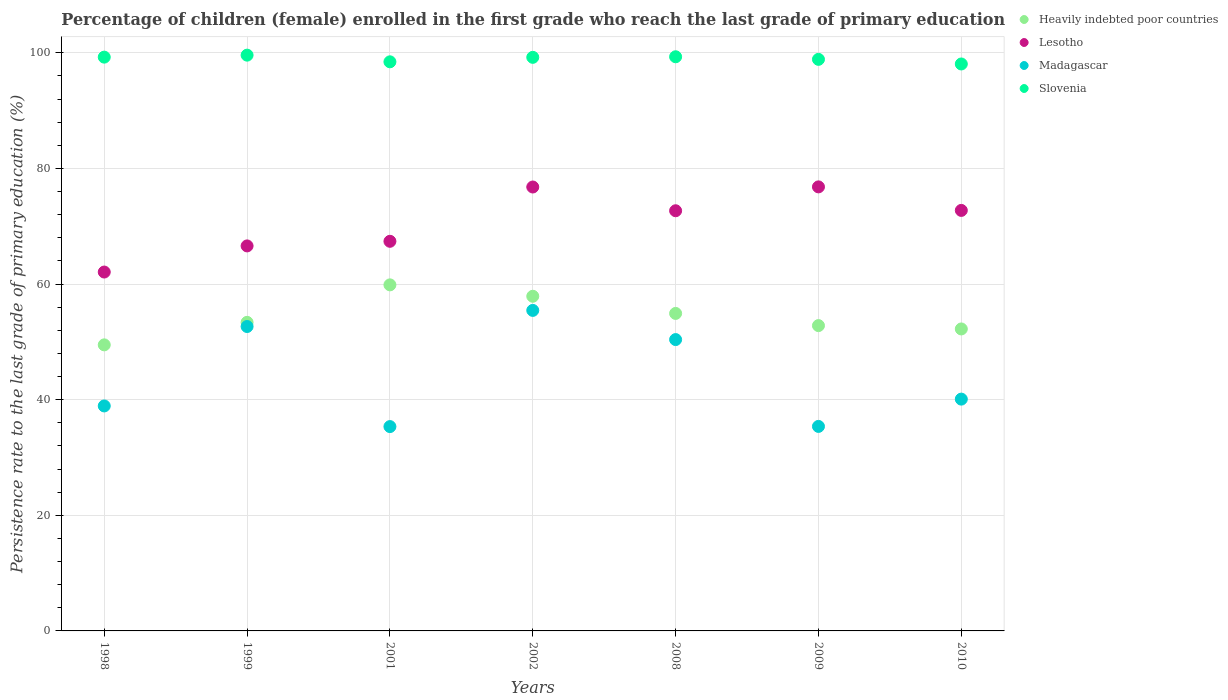
| Years | Heavily indebted poor countries | Lesotho | Madagascar | Slovenia |
 | --- | --- | --- | --- | --- |
 | 1998 | 49.5 | 62.1 | 38.9 | 99.3 |
 | 1999 | 53.4 | 66.6 | 52.7 | 99.6 |
 | 2001 | 59.9 | 67.4 | 35.3 | 98.5 |
 | 2002 | 57.9 | 76.8 | 55.4 | 99.2 |
 | 2008 | 54.9 | 72.7 | 50.4 | 99.3 |
 | 2009 | 52.8 | 76.8 | 35.4 | 98.9 |
 | 2010 | 52.2 | 72.7 | 40.1 | 98.1 |